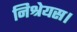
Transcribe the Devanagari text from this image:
निश्रेयस।